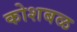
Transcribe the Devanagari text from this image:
कोशबळ